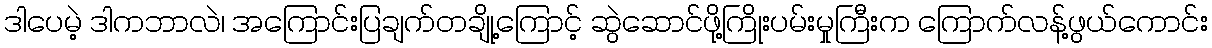
ဒါပေမဲ့ ဒါကဘာလဲ၊ အကြောင်းပြချက်တချို့ကြောင့် ဆွဲဆောင်ဖို့ကြိုးပမ်းမှုကြီးက ကြောက်လန့်ဖွယ်ကောင်း